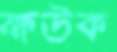
ক্ষউক